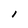
Character: l